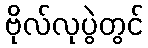
ဗိုလ်လုပွဲတွင်